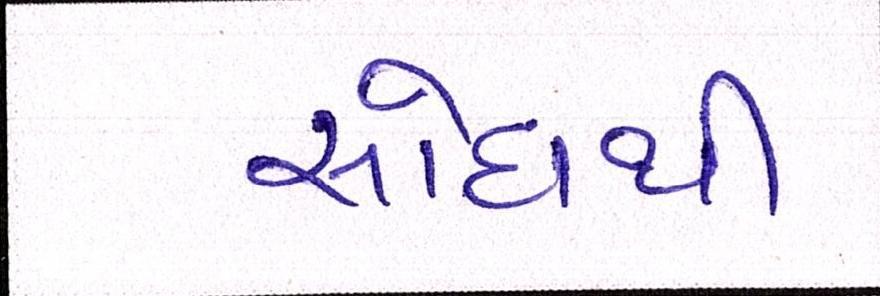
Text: સોદાથી